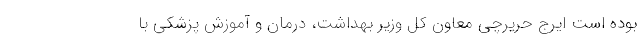
بوده است ایرج حریرچی معاون کل وزیر بهداشت، درمان و آموزش پزشکی با